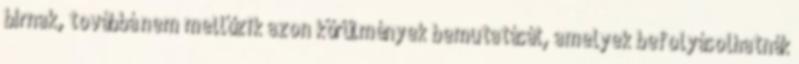
bírnak, továbbá nem mellőzik azon körülmények bemutatását, amelyek befolyásolhatnák